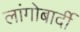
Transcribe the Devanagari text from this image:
लांगोबार्दी